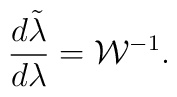
{{d\tilde{\lambda}}\over{d\lambda}}={\cal W}^{-1}.